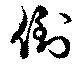
倒